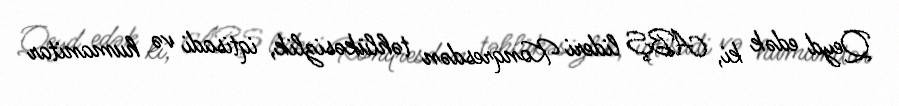
Qeyd edək ki, ABŞ lideri Konqresdən təhlükəsizlik, iqtisadi və humanitar